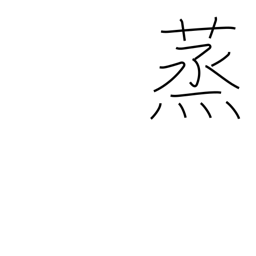
Meaning: foment